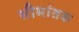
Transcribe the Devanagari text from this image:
सीमांतक